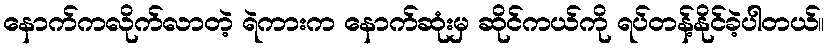
နောက်ကလိုက်လာတဲ့ ရဲကားက နောက်ဆုံးမှ ဆိုင်ကယ်ကို ရပ်တန့်နိုင်ခဲ့ပါတယ်။